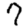
Digit: 7